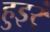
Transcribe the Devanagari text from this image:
हुइर्ं